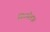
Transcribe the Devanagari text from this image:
गिज्मोडक